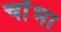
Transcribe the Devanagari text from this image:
चोंभा